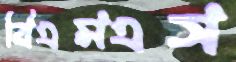
বিএমএস